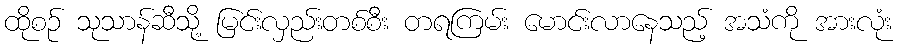
ထိုစဉ် သုသာန်ဆီသို့ မြင်းလှည်းတစ်စီး တရကြမ်း မောင်းလာနေသည့် အသံကို အားလုံး